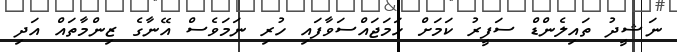
ނަޝީދު ތައިލެންޑް ސަފީރު ކަމަށް ހަމަޖައްސަވާފައި ހުރި ނަމަވެސް އޭނާގެ ޒިންމާތައް އަދި